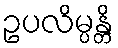
ဥပလိမ္ပန္တိ